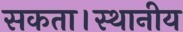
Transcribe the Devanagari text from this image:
सकता।स्थानीय